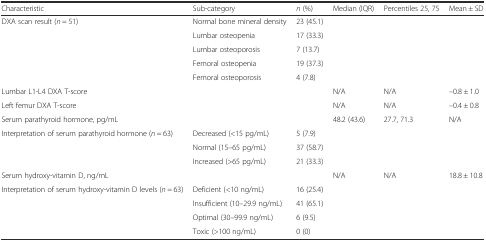
<table><thead><tr><td><b>Characteristic</b></td><td><b>Sub-category</b></td><td><b><i>n</i> (%)</b></td><td><b>Median (IQR)</b></td><td><b>Percentiles 25, 75</b></td><td><b>Mean ± SD</b></td></tr></thead><tbody><tr><td>DXA scan result (<i>n</i> = 51)</td><td>Normal bone mineral density</td><td>23 (45.1)</td><td></td><td></td><td></td></tr><tr><td></td><td>Lumbar osteopenia</td><td>17 (33.3)</td><td></td><td></td><td></td></tr><tr><td></td><td>Lumbar osteoporosis</td><td>7 (13.7)</td><td></td><td></td><td></td></tr><tr><td></td><td>Femoral osteopenia</td><td>19 (37.3)</td><td></td><td></td><td></td></tr><tr><td></td><td>Femoral osteoporosis</td><td>4 (7.8)</td><td></td><td></td><td></td></tr><tr><td>Lumbar L1-L4 DXA T-score</td><td></td><td></td><td>N/A</td><td>N/A</td><td>–0.8 ± 1.0</td></tr><tr><td>Left femur DXA T-score</td><td></td><td></td><td>N/A</td><td>N/A</td><td>–0.4 ± 0.8</td></tr><tr><td>Serum parathyroid hormone, pg/mL</td><td></td><td></td><td>48.2 (43.6)</td><td>27.7, 71.3</td><td>N/A</td></tr><tr><td>Interpretation of serum parathyroid hormone (<i>n</i> = 63)</td><td>Decreased (&lt;15 pg/mL)</td><td>5 (7.9)</td><td></td><td></td><td></td></tr><tr><td></td><td>Normal (15–65 pg/mL)</td><td>37 (58.7)</td><td></td><td></td><td></td></tr><tr><td></td><td>Increased (&gt;65 pg/mL)</td><td>21 (33.3)</td><td></td><td></td><td></td></tr><tr><td>Serum hydroxy-vitamin D, ng/mL</td><td></td><td></td><td>N/A</td><td>N/A</td><td>18.8 ± 10.8</td></tr><tr><td>Interpretation of serum hydroxy-vitamin D levels (<i>n</i> = 63)</td><td>Deficient (&lt;10 ng/mL)</td><td>16 (25.4)</td><td></td><td></td><td></td></tr><tr><td></td><td>Insufficient (10–29.9 ng/mL)</td><td>41 (65.1)</td><td></td><td></td><td></td></tr><tr><td></td><td>Optimal (30–99.9 ng/mL)</td><td>6 (9.5)</td><td></td><td></td><td></td></tr><tr><td></td><td>Toxic (&gt;100 ng/mL)</td><td>0 (0)</td><td></td><td></td><td></td></tr></tbody></table>